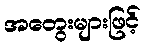
အတွေးများဖြင့်